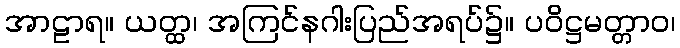
အာဠာရ။ ယတ္ထ၊ အကြင်နဂါးပြည်အရပ်၌။ ပဝိဋ္ဌမတ္တာဝ၊